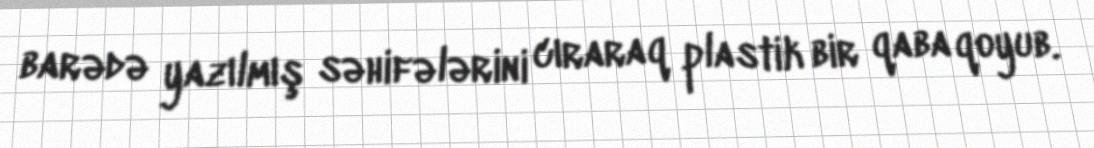
barədə yazılmış səhifələrini cıraraq plastik bir qaba qoyub.